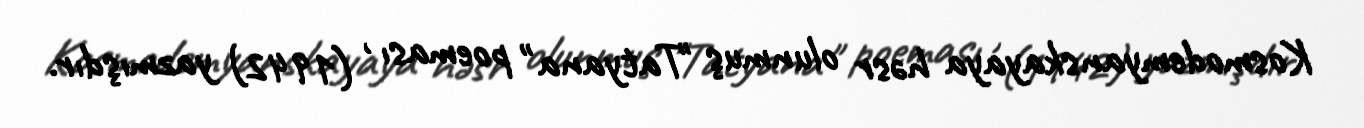
Kosmodemyanskayaya həsr olunmuş "Tatyana" poeması , (1942) yazmışdır.